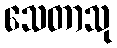
သေတာသု